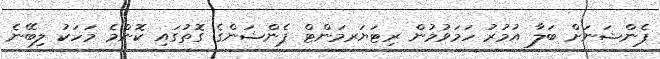
ޕެންޝަނަށް ބަލާ އުމުރު ހަމަވުމުން ރިޓަޔަރމަންޓް ޕެންޝަންގެ ގޮތުގައި ކޮންމެ މަހަކު ލިބޭނެ